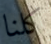
كلنا